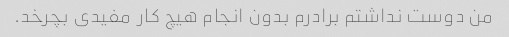
من دوست نداشتم برادرم بدون انجام هیچ کار مفیدی بچرخد.